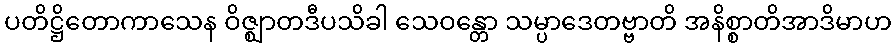
ပတိဋ္ဌိတောကာသေန ဝိဇ္ဈာတဒီပသိခါ သေဝန္တော သမ္ပာဒေတဗ္ဗာတိ အနိစ္စာတိအာဒိမာဟ